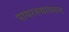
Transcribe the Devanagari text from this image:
पायरस्त्यावरून